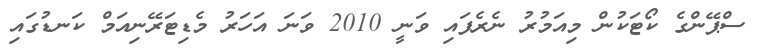
ސްޕޭންގެ ކޯޓަކުން މިއަމުރު ނެރެފައި ވަނީ 2010 ވަނަ އަހަރު މެޑިޓަރޭނިއަމް ކަނޑުގައި